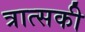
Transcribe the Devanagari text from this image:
त्रात्सकी